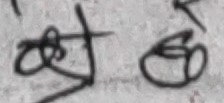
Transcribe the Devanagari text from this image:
त हो